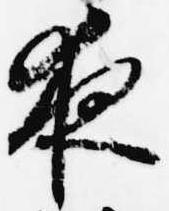
夜